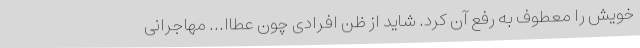
خویش را معطوف به رفع آن کرد. شاید از ظن افرادی چون عطاا... مهاجرانی